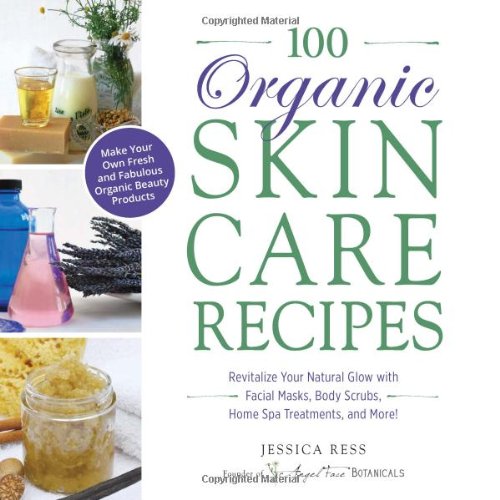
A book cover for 100 Organic Skincare Recipes: Make Your Own Fresh and Fabulous Organic Beauty Products; Jessica Ress; Health, Fitness & Dieting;